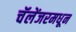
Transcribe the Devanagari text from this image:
चॅलेंजरमधून